Lunatic asylums Central Provinces reports 1910-1926 - 1910-1926
Year: 1910
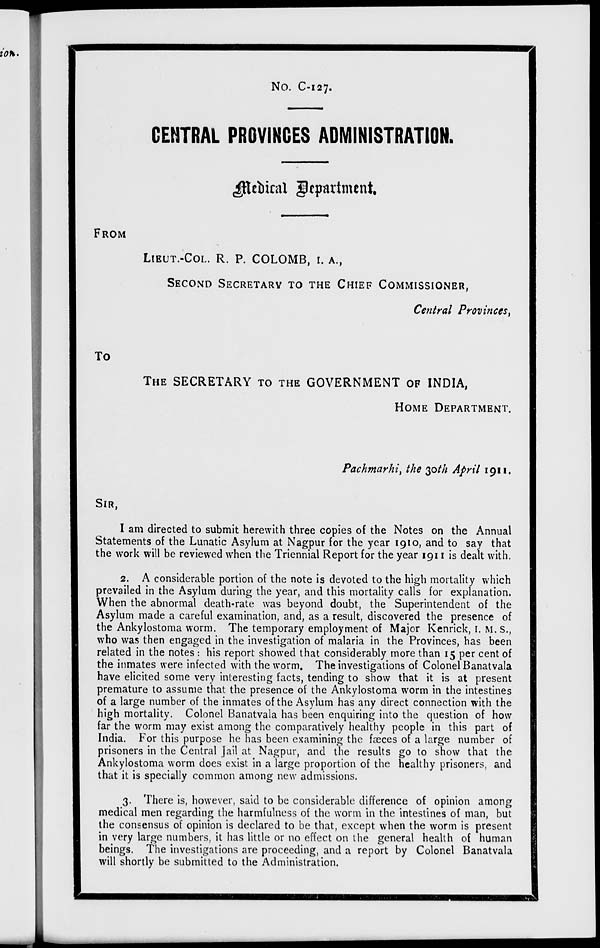
No. C-127.
CENTRAL PROVINCES ADMINISTRATION.
Medical Department.
FROM
LIEUT.-COL. R. P. COLOMB, I. A.,
SECOND SECRETARY TO THE CHIEF COMMISSIONER,
Central Provinces,
To
THE SECRETARY TO THE GOVERNMENT OF INDIA,
HOME DEPARTMENT.
Pachmarhi, the 30th April 1911.
SIR,
I am directed to submit herewith three copies of the Notes on the Annual
Statements of the Lunatic Asylum at Nagpur for the year 1910, and to say that
the work will be reviewed when the Triennial Report for the year 1911 is dealt with.
2. A considerable portion of the note is devoted to the high mortality which
prevailed in the Asylum during the year, and this mortality calls for explanation.
When the abnormal death-rate was beyond doubt, the Superintendent of the
Asylum made a careful examination, and, as a result, discovered the presence of
the Ankylostoma worm. The temporary employment of Major Kenrick, I. M. S.,
who was then engaged in the investigation of malaria in the Provinces, has been
related in the notes : his report showed that considerably more than 15 per cent of
the inmates were infected with the worm. The investigations of Colonel Banatvala
have elicited some very interesting facts, tending to show that it is at present
premature to assume that the presence of the Ankylostoma worm in the intestines
of a large number of the inmates of the Asylum has any direct connection with the
high mortality. Colonel Banatvala has been enquiring into the question of how
far the worm may exist among the comparatively healthy people in this part of
India. For this purpose he has been examining the fæces of a large number of
prisoners in the Central Jail at Nagpur, and the results go to show that the
Ankylostoma worm does exist in a large proportion of the healthy prisoners, and
that it is specially common among new admissions.
3. There is, however, said to be considerable difference of opinion among
medical men regarding the harmfulness of the worm in the intestines of man, but
the consensus of opinion is declared to be that, except when the worm is present
in very large numbers, it has little or no effect on the general health of human
beings. The investigations are proceeding, and a report by Colonel Banatvala
will shortly be submitted to the Administration.